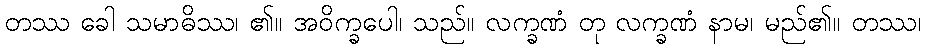
တဿ ခေါ သမာဓိဿ၊ ၏။ အဝိက္ခပေါ၊ သည်။ လက္ခဏံ တု လက္ခဏံ နာမ၊ မည်၏။ တဿ၊